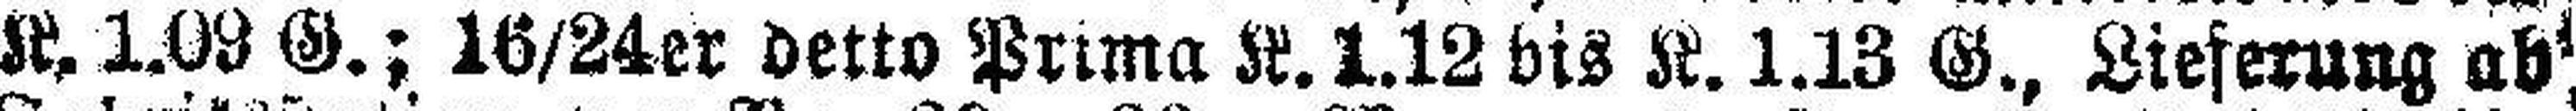
K. 1.09 G.; 16/24er detto Prima K. 1.12 bis K. 1.13 G.. Lieferung ab